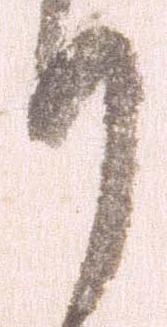
り